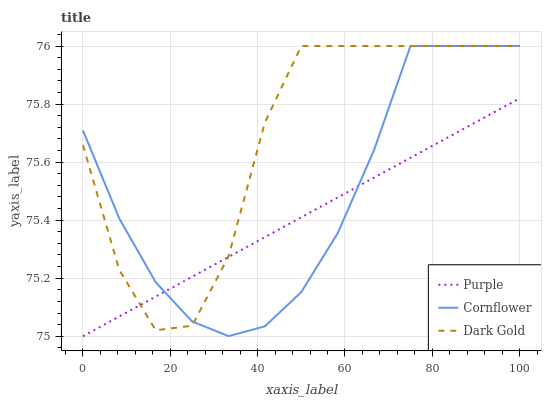
| xaxis_label | Purple | Cornflower | Dark Gold |
 | --- | --- | --- | --- |
 | 0 | 75 | 75.7 | 75.7 |
 | 8.33 | 75.1 | 75.4 | 75.2 |
 | 16.7 | 75.1 | 75.2 | 75 |
 | 25 | 75.2 | 75.1 | 75 |
 | 33.3 | 75.3 | 75 | 75.3 |
 | 41.7 | 75.3 | 75 | 75.7 |
 | 50 | 75.4 | 75.2 | 76 |
 | 58.3 | 75.5 | 75.4 | 76 |
 | 66.7 | 75.5 | 75.6 | 76 |
 | 75 | 75.6 | 76 | 76 |
 | 83.3 | 75.7 | 76 | 76 |
 | 91.7 | 75.8 | 76 | 76 |
 | 100 | 75.8 | 76 | 76 |